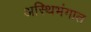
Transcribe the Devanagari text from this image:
अस्थिभंगात